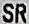
SR